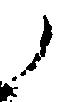
ノ